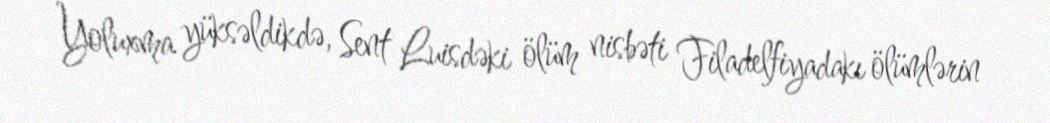
Yoluxma yüksəldikdə, Sent Luisdəki ölüm nisbəti Filadelfiyadakı ölümlərin